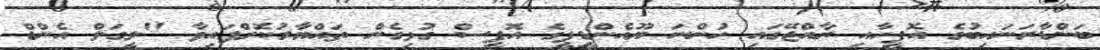
ބަންޑާރަނައިބުގެ އޮފީހާއި ރާއްޖޭގައި ހުންނަ ޔޫއެންޑީޕީގެ އޮފީސް ގުޅިގެން ތައްޔާރުކޮށްފައިވާ "ލީގަލް އެންޑް